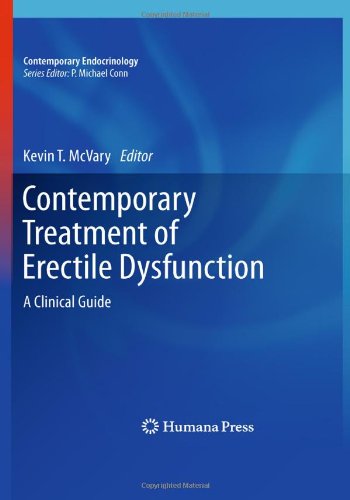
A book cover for Contemporary Treatment of Erectile Dysfunction: A Clinical Guide (Contemporary Endocrinology); Health, Fitness & Dieting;